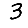
Digit: 3